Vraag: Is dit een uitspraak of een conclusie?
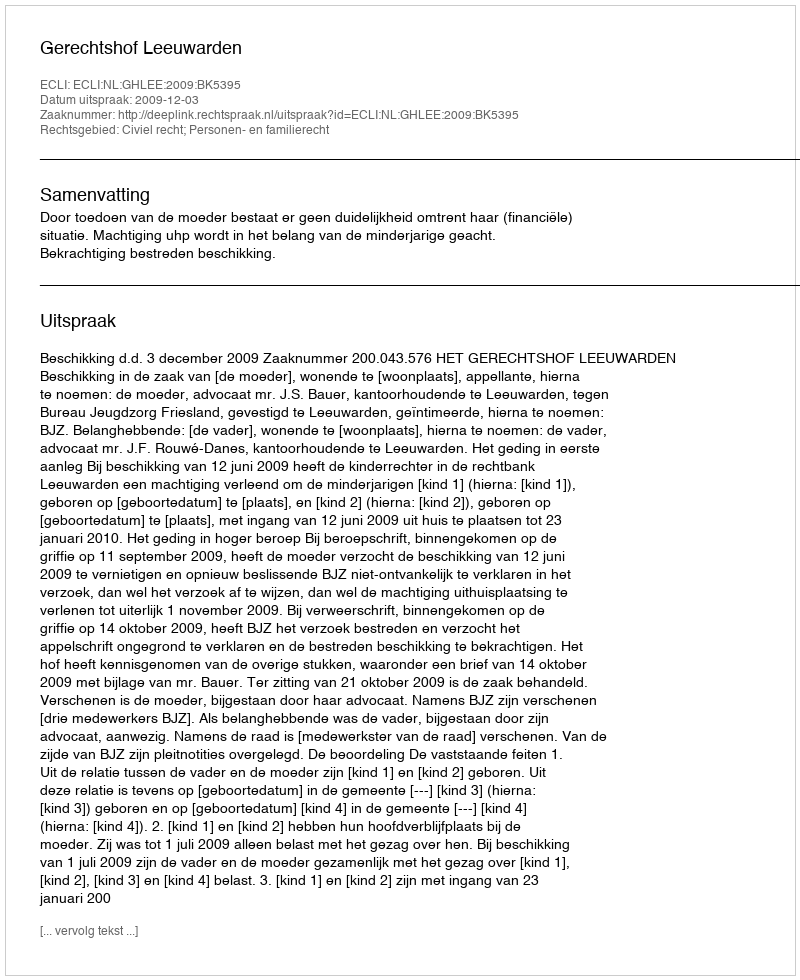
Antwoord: Uitspraak